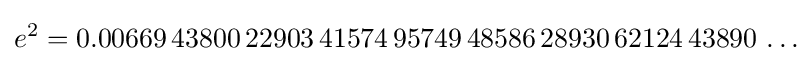
e^{2}=0.00669\,43800\,22903\,41574\,95749\,48586\,28930\,62124\,43890\,\ldots